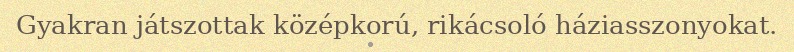
Gyakran játszottak középkorú, rikácsoló háziasszonyokat.